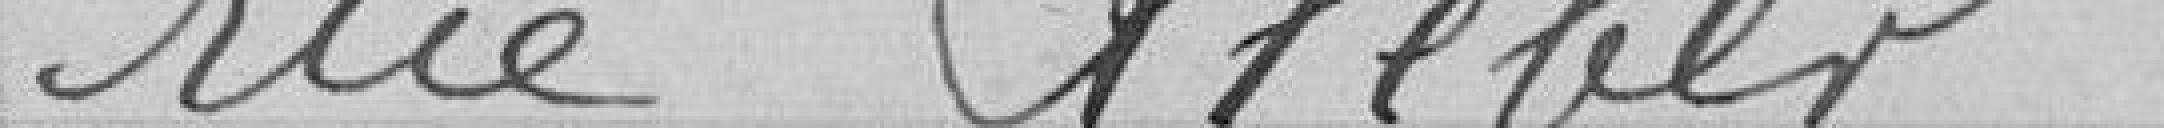
rue Kléber